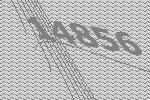
14856